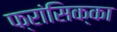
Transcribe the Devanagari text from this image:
फ्रांसिक्का